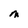
Character: m